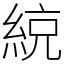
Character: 綂